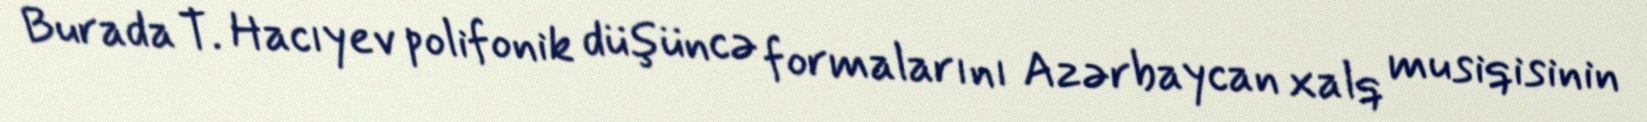
Burada T. Hacıyev polifonik düşüncə formalarını Azərbaycan xalq musiqisinin